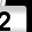
Digit: 2